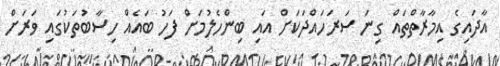
އާދައިގެ އިމާރާތްތައް ގިނަ ސަރަހައްދަކަށް އައި ބިންހެލުމަށް ފަހު ބައެއް ހިސާބުތަކުގައި ވަރަށް